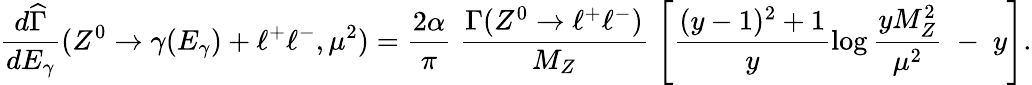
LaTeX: \frac{d\widehat{\Gamma}}{dE_{\gamma}}(Z^{0}\rightarrow\gamma(E_{\gamma})+\ell^{+}\ell^{-},\mu^{2})=\frac{2\alpha}{\pi}\; \frac{\Gamma(Z^{0}\rightarrow\ell^{+}\ell^{-})}{M_{Z}}\; \left[\frac{(y-1)^{2}+1}{y}\log{\frac{yM_{Z}^{2}}{\mu^{2}}}\; -\; y\right].